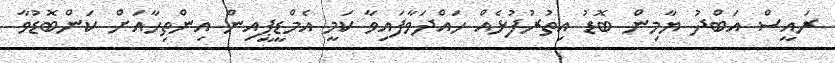
ރައީސް އަބްދު ޔާމިން ބޮޑު އިތުރުފުޅެއް ހައްދަވާފައިވާ ކަމީ އެމްޑީޕީއިން އިންތިހާއަށް ކަންބޮޑުވާ